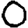
Digit: 0